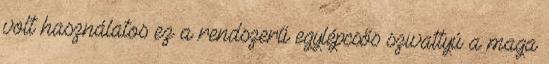
volt használatos ez a rendszerű egylépcsős szivattyú a maga